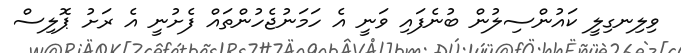
ވިލިނގިލީ ކައުންސިލުން ބުނެފައި ވަނީ އެ ހަމަނުޖެހުންތައް ފެށުނީ އެ ރަށު ޕޮލިސް